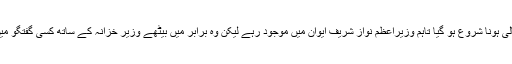
اس کے بعد ایوان خالی ہونا شروع ہو گیا تاہم وزیراعظم نواز شریف ایوان میں موجود رہے لیکن وہ برابر میں بیٹھے وزیر خزانہ کے ساتھ کسی گفتگو میں مصروف ہو گئے۔